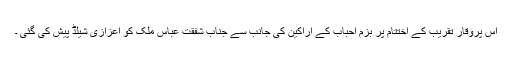
اس پروقار تقریب کے اختتام پر بزم احباب کے اراکین کی جانب سے جناب شفقت عباس ملک کو اعزازی شیلڈ پیش کی گئی ۔